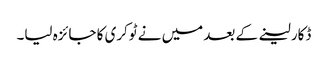
ڈکار لینے کے بعد میں نے ٹوکری کا جائزہ لیا۔